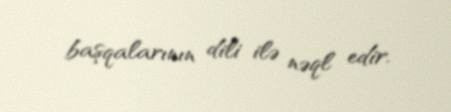
başqalarının dili ilə nəql edir.